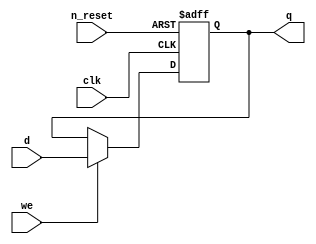
`timescale 1ns/10ps

module ff #(parameter WIDTH = 8) (
    input clk,
    input n_reset,
    input we,
    input [WIDTH-1:0] d,

    output reg [WIDTH-1:0] q
);

always @(posedge clk, negedge n_reset) begin
    if (n_reset == 1'b0)
        q <= {WIDTH{1'b0}};
    else if (we)
        q <= d;
end

endmodule